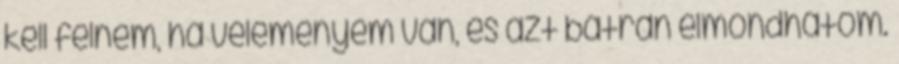
kell félnem, ha véleményem van, és azt bátran elmondhatom.